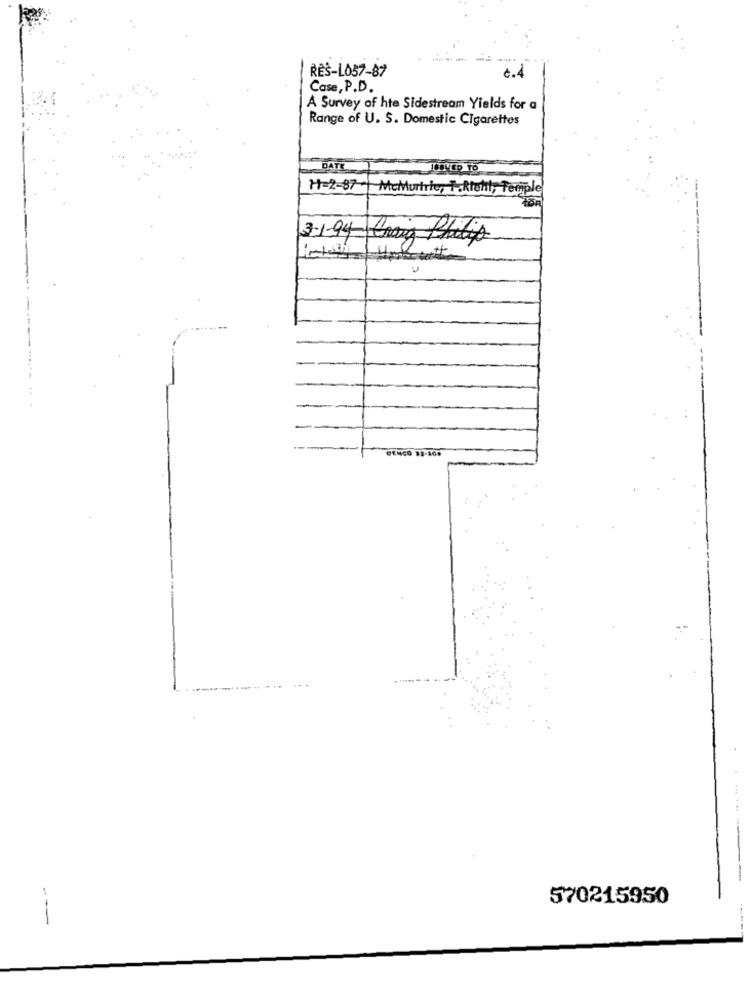
ŘES-L057-87
¿. 4
Case, P.D.
A Survey of hte Sidestream Yields for a
Range of U. S. Domestic Cigarettes
DATE
1-2-87 - McMurtric, J.Richt, Temple
3-1-94 trang Platy
.....
570215950
---